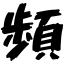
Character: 頻